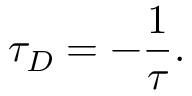
\tau _ { D } = - { \frac { 1 } { \tau } } .